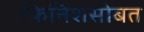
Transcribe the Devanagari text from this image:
फिनिशसोबत